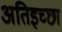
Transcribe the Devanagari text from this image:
अतिइच्छा